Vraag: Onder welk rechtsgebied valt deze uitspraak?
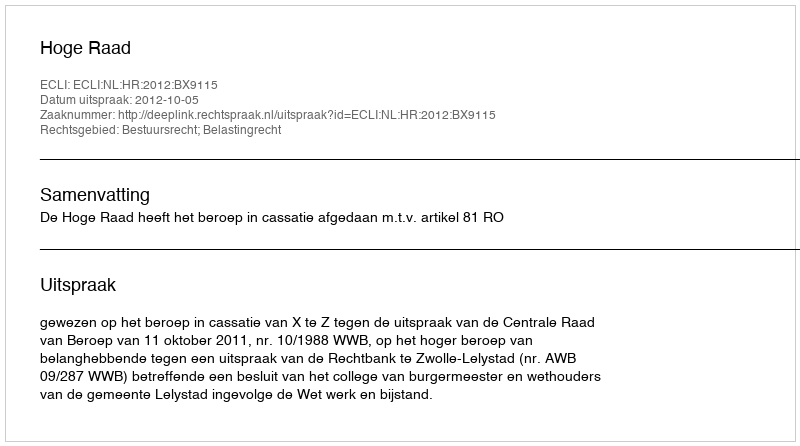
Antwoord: Bestuursrecht; Belastingrecht